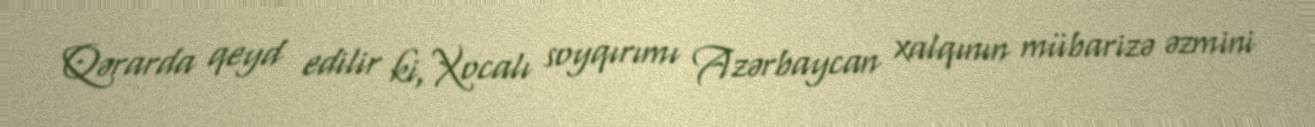
Qərarda qeyd edilir ki, Xocalı soyqırımı Azərbaycan xalqının mübarizə əzmini